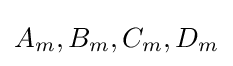
A_{m},B_{m},C_{m},D_{m}